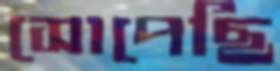
সোপেছি